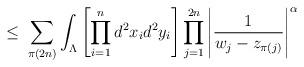
LaTeX: \begin{align*}\leq \;\sum_{\pi(2n)}\int_{\Lambda} \left[ \prod_{i=1}^{n}d^2x_{i} d^2y_{i} \right]\prod_{j=1}^{2n} \Bigg| \frac{1}{w_j - z_{\pi(j)}} \Bigg|^\alpha\end{align*}